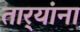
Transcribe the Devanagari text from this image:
तार्‍यांना